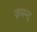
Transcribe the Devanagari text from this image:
ज़मन्द